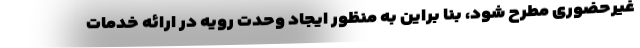
غیرحضوری مطرح شود، بنا براین به منظور ایجاد وحدت رویه در ارائه خدمات